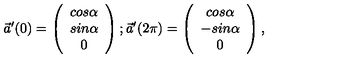
\vec { a } ^ { \prime } ( 0 ) = \left( \begin{array} { c } { c o s \alpha } \\ { s i n \alpha } \\ { 0 } \\ \end{array} \right) ; \vec { a } ^ { \prime } ( 2 \pi ) = \left( \begin{array} { c } { c o s \alpha } \\ { - s i n \alpha } \\ { 0 } \\ \end{array} \right) ,